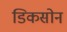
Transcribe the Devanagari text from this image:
डिकसोन